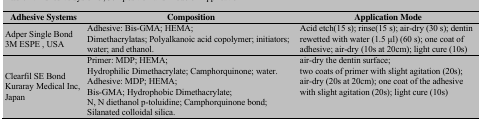
| Adhesive Systems | Composition | Application Mode |
 | --- | --- | --- |
 | Adper Single Bond 3M ESPE , USA | Adhesive: Bis-GMA; HEMA; Dimethacrylatas; Polyalkanoic acid copolymer; initiators; water; and ethanol. | Acid etch(15 s); rinse(15 s); air-dry (30 s); dentin rewetted with water (1.5 μl) (60 s); one coat of adhesive; air-dry (10s at 20cm); light cure (10s) |
 | Clearfil SE Bond Kuraray Medical Inc, Japan | Primer: MDP; HEMA; Hydrophilic Dimethacrylate; Camphorquinone; water. Adhesive: MDP; HEMA; Bis-GMA; Hydrophobic Dimethacrylate; N, N diethanol p-toluidine; Camphorquinone bond; Silanated colloidal silica. | air-dry the dentin surface; two coats of primer with slight agitation (20s); air-dry (20s at 20cm); one coat of the adhesive with slight agitation (20s); light cure (10s) |